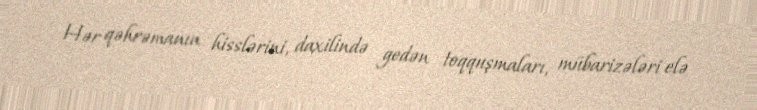
Hər qəhrəmanın hisslərini, daxilində gedən toqquşmaları, mübarizələri elə